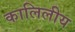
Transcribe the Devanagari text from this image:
कालिलीय